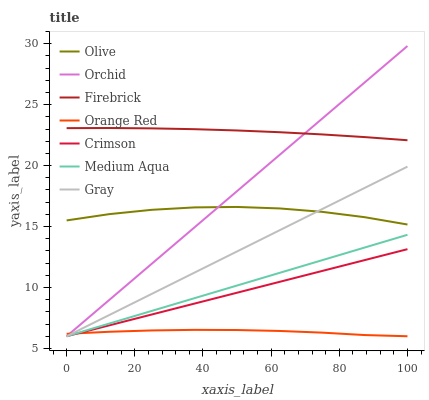
| xaxis_label | Olive | Orchid | Firebrick | Orange Red | Crimson | Medium Aqua | Gray |
 | --- | --- | --- | --- | --- | --- | --- | --- |
 | 0 | 15.5 | 6 | 23.1 | 6.2 | 6 | 6 | 6 |
 | 12.5 | 16 | 8.98 | 23.1 | 6.37 | 6.89 | 7.04 | 7.74 |
 | 25 | 16.4 | 12 | 23.1 | 6.48 | 7.79 | 8.08 | 9.48 |
 | 37.5 | 16.6 | 14.9 | 23 | 6.52 | 8.68 | 9.12 | 11.2 |
 | 50 | 16.6 | 17.9 | 22.9 | 6.51 | 9.57 | 10.2 | 13 |
 | 62.5 | 16.5 | 20.9 | 22.7 | 6.43 | 10.5 | 11.2 | 14.7 |
 | 75 | 16.2 | 23.9 | 22.6 | 6.3 | 11.4 | 12.2 | 16.4 |
 | 87.5 | 15.8 | 26.8 | 22.3 | 6.1 | 12.3 | 13.3 | 18.2 |
 | 100 | 15.2 | 29.8 | 22.1 | 6 | 13.1 | 14.3 | 19.9 |